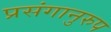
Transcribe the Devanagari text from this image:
प्रसंगानुरुप